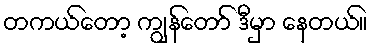
တကယ်တော့ ကျွန်တော် ဒီမှာ နေတယ်။